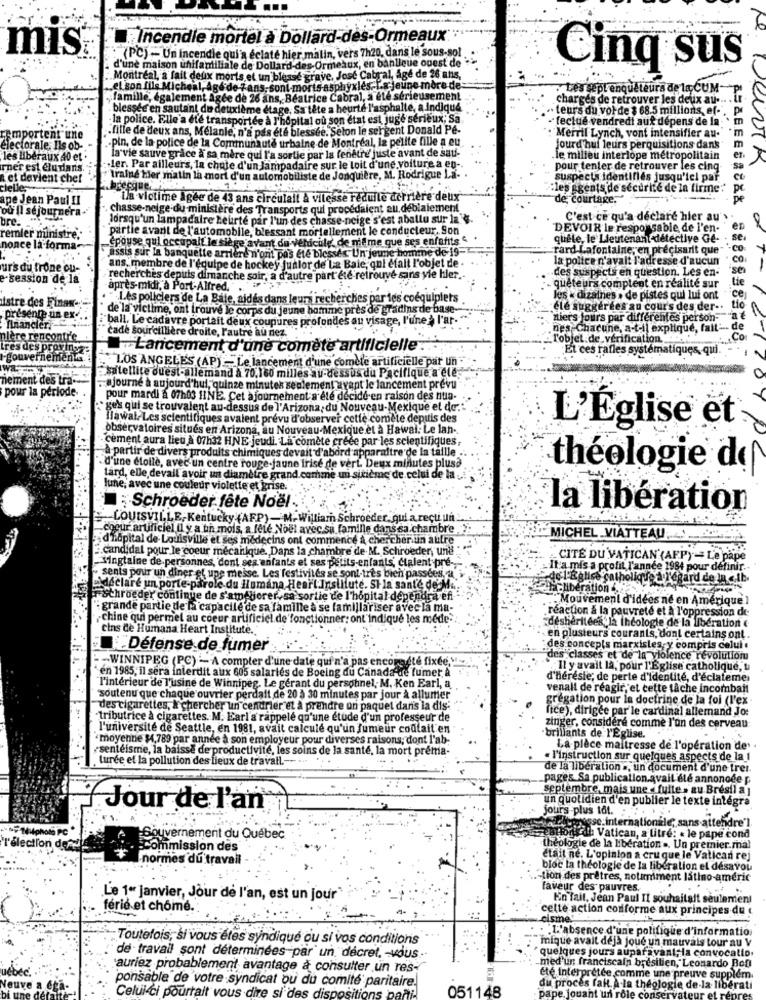
Incendie mortel à Dollard-des-Ormeaux"
mis
(PC) - Un Incendie qui'a éclaté hier malin, vers 7h20, dans le sous-sol
d'une maison unifamiliale de Dollard-des-Ormeaux, en banlieue ouest de
Cinq sus
. Montréal, a fait deux morts et un blessé grave. José Cabral, âgé de 26 ans,
el son fils Micheal, Age'de
ans, sont morts asphyxiés-La jeune mère de-
Les sept enqueteura de la CUM-
„famille, également agée de 26 ans, Beatrice Cabral, a été sérieusement
charges de retrouver les deux au-
blessée en sautant du deuxième étage, Sa tête a heurté l'asphalte, a Indiqué
- teurs du vol de $ 68.5 millions, ef-", P
la police. Elle'a été transportée à l'hôpital où son état est juge sérieux; Sa
-feclue vendredi auf depens de la
"fille de deux ans, Melanle, n'a pas été blessée. Selon le sergent Donald Pe-
remportent une
.. pin, de la police de la Communauté urbaine de Montréal, la petite fille a eu
· Merril Lynch, vont intensifier au-
électorale, Ils ob-
jourd huf leurs perquisitions dans
les libéraux 40 et
la vie sauve grâce À sa mère qui l'a sortie par la fenêtre' juste avant de sau-
le milieu interlope métropolitain
mer est éludans.
.ler. Par ailleurs, la chute d'un lampadaire sur le toit d'une voiture à en -.
pour tenter de retrouver les cinq-
Let devient chef
traine Mer matin la mort d'un automob
te de Jonquiere, M. Rodrigue La. .
suspects identifiés jusqu'ici par
: les agents de sécurité de la firme":"
ape Jean Paul II
La victime igée de 43 ans circulalt à vilesse reduile derrière deux
de courtage."
ou Il séjourne
chasse-neige du ministère des Transports qui procedaient au deblalement
bre.
lorsqu'un lampadaire Leurte par l'un des chasse-neige s'est aballu sur la"".
C'est ce qu'a declare hier au' ».
partie avant de l'automobile, blessant mortellement le conducteur. Son
DEVOIR le responsable de l'en-
er
remler ministre.
epouse qui occupait le siège avant du vehicule' de meme que ses enfafits
quele, le Lieutenantdétective Ge- ..
nonce la form
rard Lafontaine, en precisarit que"
assis sur la banquette arrière n'ont pas ete blesses Un jeune homme de 19-
la police n'avalt l'adresse d'aucun
. CO
r's du trone ou
ans, membre de l'équipe de hockey Junior de'La Baie, qui efait l'objet de
-des suspects en question. Les en-
-session de la
recherches depuis dimanche soir, a d'autre part été retrouvé sans yle hler.
après-midi, a Port-Alfred."
quêteurs comptent en réalité sur
/
"Les policiers de La Baie, aidés dans leurs recherches par les coéquipiers
les « dizaines . de pistes qui lui ont
cel
istre des Finan
de'la victime, ont trouvé le corps du jeune homme près de gradins de base-
ele suggérées au cour's des der -.
tio
presente un ex
"ball. Le cadavre portait deux coupures profondes au visage, l'une * l'ar-
niers jours par différentes person-
financier.
cade Sourcillière droite, l'autre au nez.
nes Chacune, a-t-il explique, fait -- d
lère rencontr'e
L'objet de verification ..
Co
res des provi
Lancement d'une comète artificielle .
Et ces rafles systématiques, qui
gouvernementa.
LOS ANGELES (AP) -Le lancement d'une comete artificielle par un
wa
nement des tra-
:satellite duest-allemand à 70,160 milles au-dessus du Pacifique a ete
20
ajourné à aujourd'hui, quinze minutes seulement avant le lancement prévu"
pour la période-
pour mardi a 07h03 1INE. Cet ajournement a été décidé en raison des nua.
"` ge's qui se trouvalent au-dessus de l'Arizona, du Nouveau-Mexique et de ...
Ilawal-Les scientifiques avaient prévu d'observer cette comète depuis des
observatoires situés en Arizona, au Nouveau-Mexique et à Hawal: Le lan -.
L'Église et
cement aura lieu & 07h32 HNE jeudi. La comète créée par les scientifiques;
a partir de divers produits chimiques devait d'abord apparaitre de la taille .. .
. d'une étolle, avec un centre rouge-jaune irisé de verl Deux minutes plusa
théologie de
tard, elle devall avoir un diamètre grand comme un sitième de celui de la
June, avec une couleur violette et grise.
: Schroeder fête Noël
la libération
" LOUISVILLE, Kentucky (AFP)-M- William Schroeder, qui a recti un
cocur artificiel Il y a th mols, a fele Noel avec sa famille dans sa chambre
d'hôpital de- Louisville et ses médecins ont commencé à chercher un autre
MICHEL VIATTEAU. ...
candidal pour le coeur mécanique. Dans la chambre de. M. Schroeder, und " "
CITE DU VATICAN (AFP) - Le pape
Vingtaine de personnes, dont ses enfants et ses petits-enfants, ctalent pré -,-
It a mis a profit l'année 1984 pour définir ..
sents pour un diner et upe messe. Les festivités se sont-tres bien passées, a
de l'Église catholique a l'égard de In .ib.
@declare un porte-parole du Humana Heart Institute. Stla sante de M ...
Eliberation
Schroeder continue de s'améliorer, sa sortie de l'hôpital dependra efi. "
"Mouvement d'idées ne en Amérique
" grande partie de la capacité de sa famille à se familiariser avec la ma-
réaction & la pauvreté et à l'oppression de
chine qui permet au coeur artificiel.de'fonctionner: ont indique les mede.
cins de Humana Heart Institute.
¿deshéritées la théologie de la libération
. en plusteurs courants, dont certains ont.
Defense de fumer
des concepts marxisles, y compris celui
des classes et de la violence révolutionu
WINNIPEG (PC) - A compter d'une date qui n'a pas encoreété fixée," -...
Il y avait la, pour l'Église catholique, u
en 1985, il sera interdit aux 605 salariés de Boeing du Canada de fumer à
d'hérésie; de perte d'identité, d'éclateme
"l'intérieur de l'usine de Winnipeg. Le gérant du personnel, M. Ken Earl, a
veniall de réagir, et cette tâche incombait
soutenu que chaque ouvrier perdait de 20 à 30 minutes par jour à allumer
grégation pour la doctrine de la foi (l'ex
des cigarettes, & chercher un cendrier et à prendre un paquet dans la dis:
fice), dirigée par le cardinal allemand Jo:
tributrice à cigarettes. M. Earl'a rappelé qu'une étude d'un professeur de
l'université de Seattle, en 1981, avait calculé qu'un fumeur coûtait en
zinger, considéré comme l'un des cerveau
moyenne $4,789 par année à son employeur pour diverses raisons; dont l'ab-
brillants de l'Eglise.
sentéisme, la baisse de productivité, les soins de la santé, la mort préma-
La pièce maitresse de l'opération de .
turee et la pollution des lieux de travail .-- --
. l'instruction sur quelques aspects de la 1
de la libération », un document d'une trer.
pages Sa publication.avail ele annoncee p.
septembre, mais une fulle > au Brésil a
un quotidien d'en publier le texte intégra
Jour de l'an
jours plus tot.
" sans attendre']
ouvernement du Quebec
Hon dilla Vatican, a litre: « le pape cond
"l'élection de
ommission des
theologie de la libération .. Un premier.mal
normes du travail
était né. L'opinion a cru que le Vatican rej
bloc la théologie de la liberalion el desavou
-tion des prêtres, notamment latino-améric
faveur des pauvres.
Le 1er janvier, Jour de l'an, est un jour"
En fait, Jean Paul II souhaitait seulement
férié et chômé .:
cette action conforme aux principes du
cisme!
. "L'absence d'une politique d'information
Toutefois, si vous êtes syndique ou si vos conditions
mique avait déjà joue un mauvais tour au V
quelques jours auparavant; la convocatio.
de travail sont déterminées par un décret, - vous .-
med'un franciscain brésilien, Leonardo Bon)
auriez probablement avantage a consulter un res-
ponsable de votre syndicat ou du comité paritaire.
été interprétée comme une preuve supplem.
Celui-ci pourrait vous dire si des disp
titions
051148
du proces fall. A la théologie de-la liberati
pape jouant un rôle